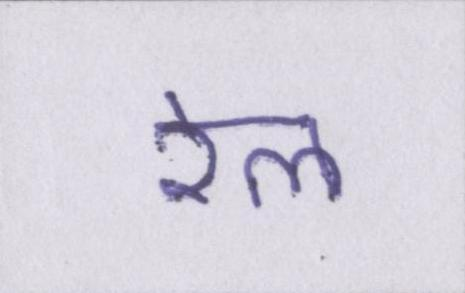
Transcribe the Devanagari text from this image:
रेल